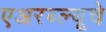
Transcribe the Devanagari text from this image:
एअरब्ल्यूचे